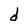
Character: d